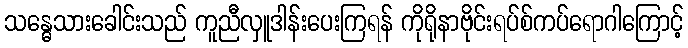
သန္ဓေသားခေါင်းသည် ကူညီလှူဒါန်းပေးကြရန် ကိုရိုနာဗိုင်းရပ်စ်ကပ်ရောဂါကြောင့်